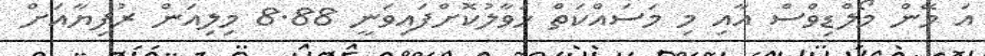
އަ މޭން މޯލްޑިވްސް އާއި މި މަސައްކަތް ހަވާލުކޮށްފައިވަނީ 8.88 މިލިއަން ރުފިޔާއަށް